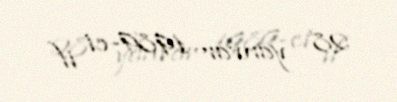
28 yanvar 1989-ci il